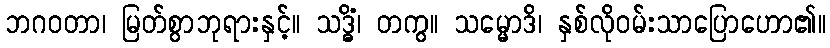
ဘဂဝတာ၊ မြတ်စွာဘုရားနှင့်။ သဒ္ဓိံ၊ တကွ။ သမ္မောဒိ၊ နှစ်လိုဝမ်းသာပြောဟော၏။